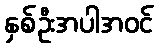
နှစ်ဦးအပါအဝင်